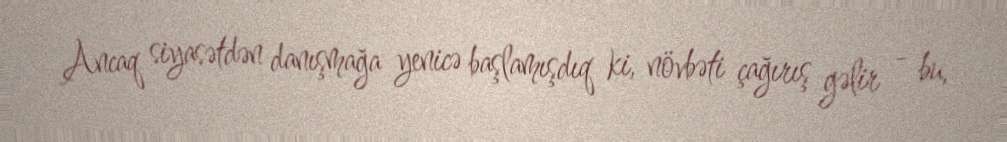
Ancaq siyasətdən danışmağa yenicə başlamışdıq ki, növbəti çağırış gəlir - bu,